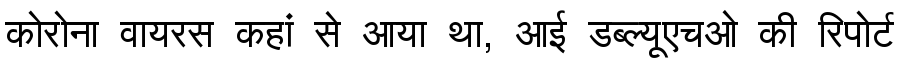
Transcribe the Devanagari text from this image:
कोरोना वायरस कहां से आया था, आई डब्ल्यूएचओ की रिपोर्ट